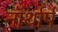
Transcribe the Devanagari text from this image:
नॉर्थार्प